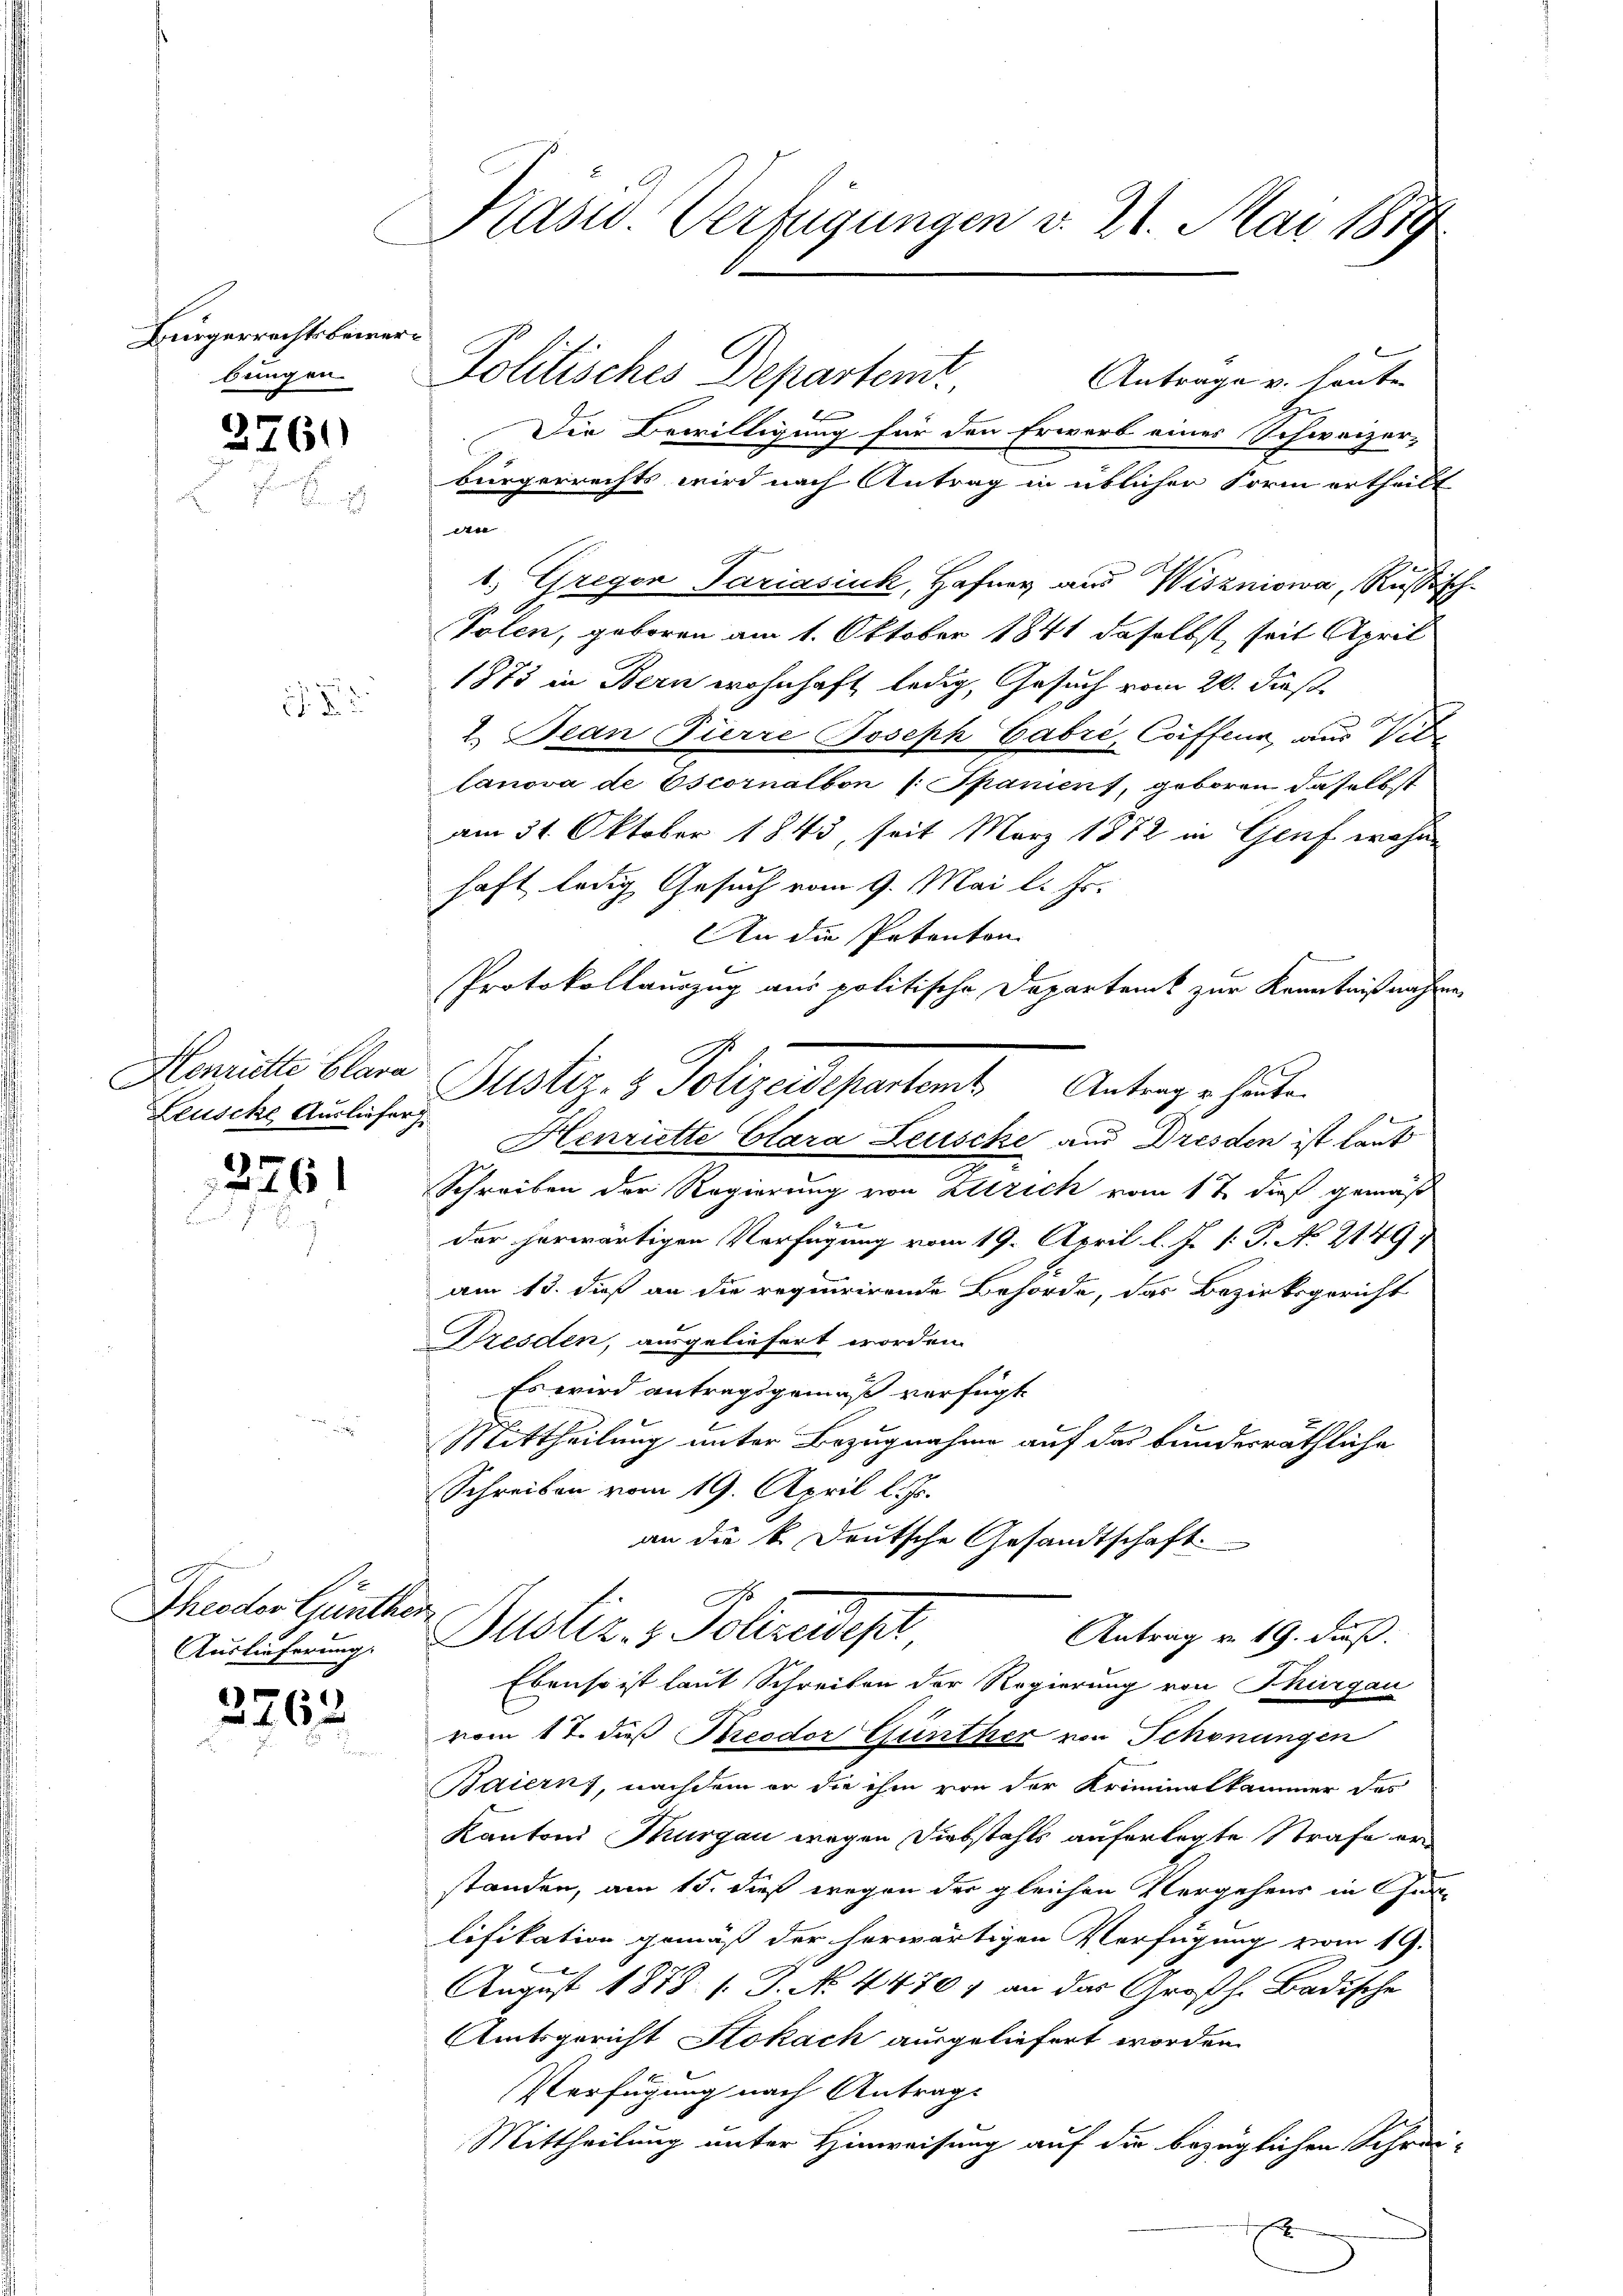
Bürgerrechtsbewerbungen.

2760

Henriette Clara
Leusche Ausliefer
2761

Theodor Günther
Auslieferung

3263

Präsid Verfügungen v. 21. Mai 1889

Politisches Departemt
Antrage v. heuten
Die Bewilligung für den Erwarb eines Schweizer-
bürgerrechts wird nach Antrag in üblicher Form ertheilt
en
1. Gregor Pariasiuk, Hafner aus Wiszniowa, Russisch-
Polen, geboren am 1. Oktober 1841 daselbst, seit April
1873 in Bern wohnhaft ledig, Gesuch vom 20. dies
2. Bean Pierre Joseph Cabri, Coiffeur, aus Vitz
lanova de Escornalbon (: Spaniens, geboren daselbst
am 31. Oktober 1843, seit März 1872 in Genf wohn
haft ledig Gesuch vom 9. Mai l. Js.
An die Petenton
Protokollauszug aus politische Departenk zur Kenntnißnahmen
G.
Justiz- & Polizeidepartem Antrag u. heute
Henriette Clara Leusche aus Dresden ist laut
Schreiben der Regierung von Zürich vom 1 t dieß gemäß
der herwärtigen Verfügung vom 19. April l. J. 1: P. No. 2149
am 13. dieß an die requirirende Behörde, das Bezirksgericht
Dresden, ausgeliefert worden.
Es wird antragsgemäß verfügt.
Mittheilung unter Bezugnahme auf das bunderräthliche
Schreiben vom 19. April l. Js.
an die k. Deutsche Gesandtschaft.

Justiz- & Polizeist
Antrag v. 19. Fuß.

Ebenso ist laut Schreiben der Regierung von Thurgau
vom 17. dieß Theodor Günther von Schonungen
Baierns, nachdem er die ihm von der Kriminalkammer des
Kantons Thurgau wegen Diebstahls auferlegte Strafe er
standen, am 15. dieß wegen der gleichen Vergehens in Gut-
lifikation gemäß der herwärtigen Verfügung vom 19.
August 1878. s. J. No. 4470, an das Großh. Badische
Amtsgericht Stokach ausgeliefert worden.
Verfügung nach Antrage
Mittheilung unter Hinweisung auf die bezüglichen Schrei-
x